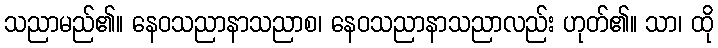
သညာမည်၏။ နေဝသညာနာသညာစ၊ နေဝသညာနာသညာလည်း ဟုတ်၏။ သာ၊ ထို